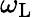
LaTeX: \omega_{\mathrm{L}}